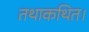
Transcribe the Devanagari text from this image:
तथाकथित।